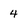
Character: 4